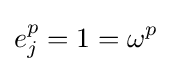
e_{j}^{p}=1=\omega ^{p}